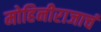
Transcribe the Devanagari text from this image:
मोहिनीराजाचं